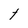
Character: t